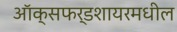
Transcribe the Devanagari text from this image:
ऑक्सफर्डशायरमधील